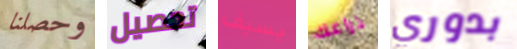
وحصلنا تحصيل بسيف ذراعك بدوري